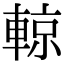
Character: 輬